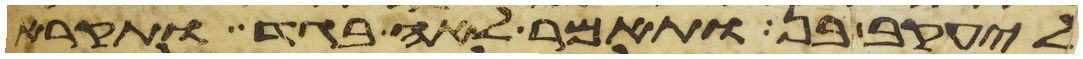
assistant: ליעקב בן ותאמר לאה בגד ותקרא